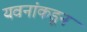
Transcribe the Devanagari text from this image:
यवनांकडून